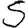
Digit: 5